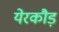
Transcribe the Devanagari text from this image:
येरकौड़